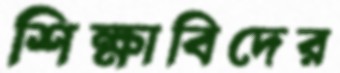
শিক্ষাবিদের